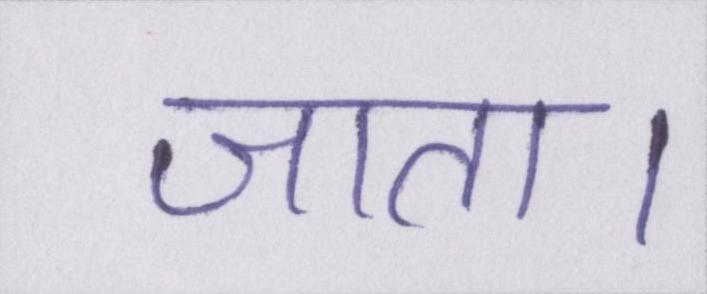
जाता।